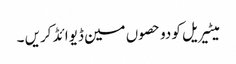
میٹیریل کو دو حصوں مین ڈیوائڈ کریں ۔